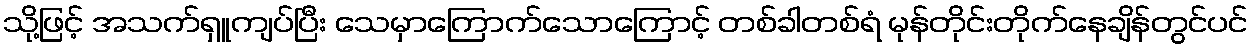
သို့ဖြင့် အသက်ရှူကျပ်ပြီး သေမှာကြောက်သောကြောင့် တစ်ခါတစ်ရံ မုန်တိုင်းတိုက်နေချိန်တွင်ပင်